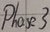
Text: Phase3